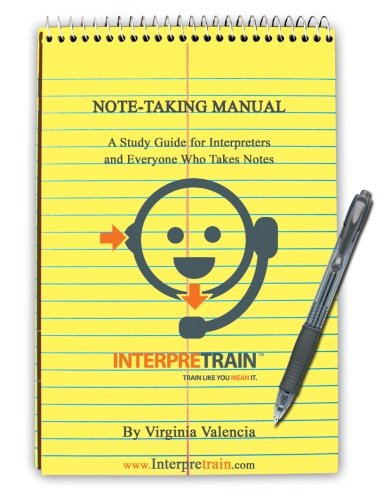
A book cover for Note-Taking Manual: A Study Guide for Interpreters and Everyone Who Takes Notes; Virginia Valencia; Reference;